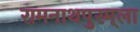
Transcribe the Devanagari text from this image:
रामनाथपुरम्‌ला